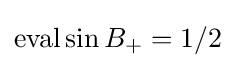
\operatorname {eval} \sin B_{+}=1/2